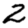
Digit: 2